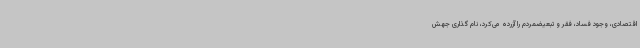
اقتصادی، وجود فساد، فقر و تبعیضمردم را آزرده می‌کرد، نام گذاری جهش